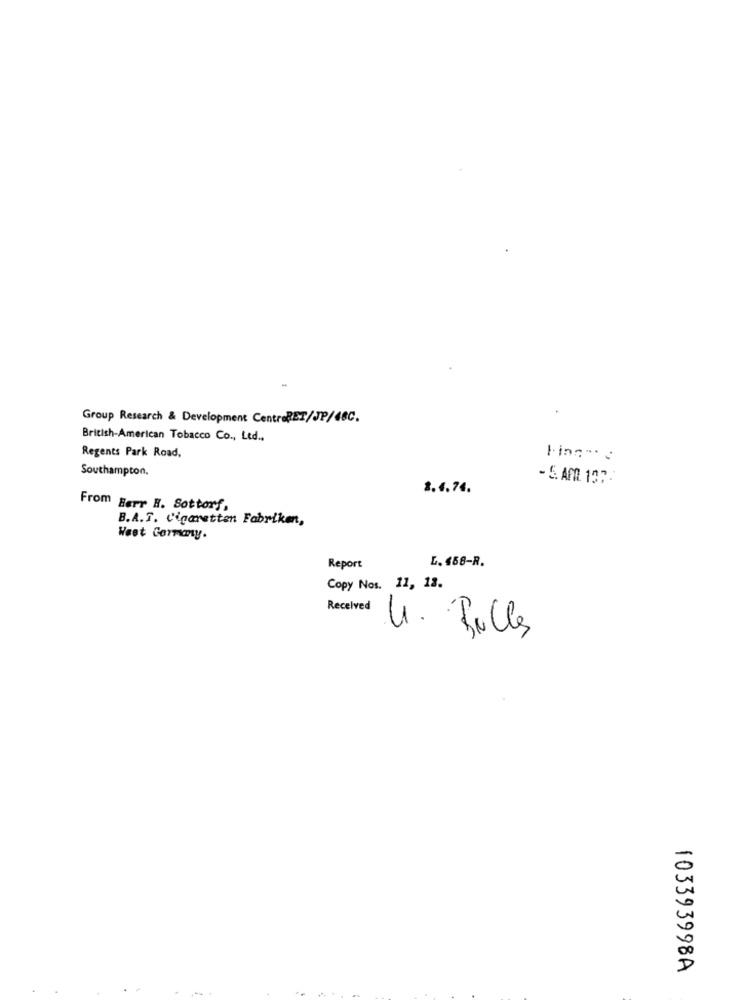
Group Research & Development CentreBET/JP/48C.
British-American Tobacco Co ., Ltd .,
Regents Park Road.
Southampton.
- 5. APR 197:
8.4.74.
From Berr H. Sottorf,
B.A.T. Cigaretten Fabriken,
Weet Cormay.
L. 458-R.
Report
Copy Nos. 11, 13.
Received
4. Bulles
103393998A